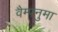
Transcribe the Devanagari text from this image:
वैम्पनुमा